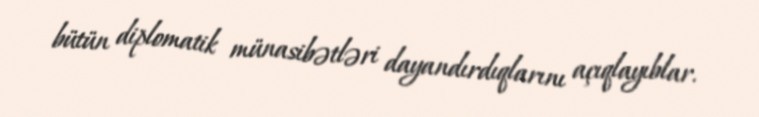
bütün diplomatik münasibətləri dayandırdıqlarını açıqlayıblar.